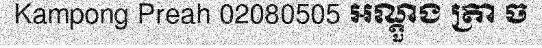
Kampong Preah 02080505 អណ្តួង ត្រា ច